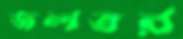
জলতর